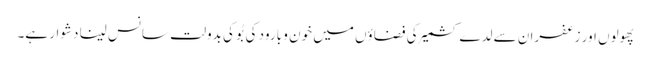
پھولوں اور زعفران سے لدے کشمیر کی فضاؤں میں خون و بارود کی بُو کی بدولت سانس لینا دشوار ہے۔